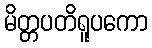
မိတ္တပတိရူပကော